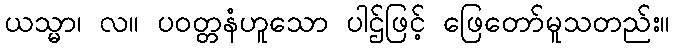
ယသ္မာ၊ လ။ ပဝတ္တနံဟူသော ပါဌ်ဖြင့် ဖြေတော်မူသတည်း။